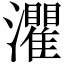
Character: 灈